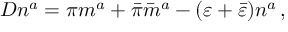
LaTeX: D n ^ { a } = \pi m ^ { a } + { \bar { \pi } } { \bar { m } } ^ { a } - ( \varepsilon + { \bar { \varepsilon } } ) n ^ { a } \, ,